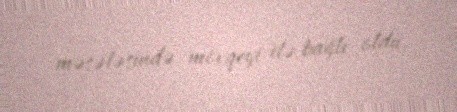
məsələsində mövqeyi ilə bağlı oldu.